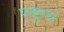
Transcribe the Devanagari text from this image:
पाष्टून्स